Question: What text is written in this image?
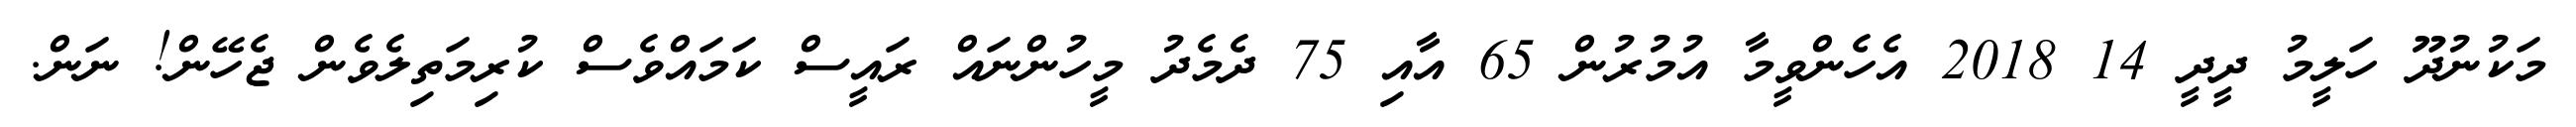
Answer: މަކުނުދޫ ހަލީމު ދީދީ 14 2018 އެހެންވީމާ އުމުރުން 65 އާއި 75 ދެމެދު މީހުންނައް ރައީސް ކަމައްވެސް ކުރިމަތިލެވެން ޖެހޭން! ނަން.